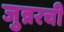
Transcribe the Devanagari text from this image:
जुन्नरची